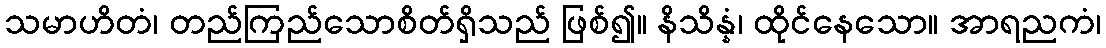
သမာဟိတံ၊ တည်ကြည်သောစိတ်ရှိသည် ဖြစ်၍။ နိသိန္နံ၊ ထိုင်နေသော။ အာရညကံ၊